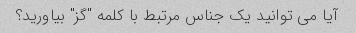
آیا می توانید یک جناس مرتبط با کلمه "گز" بیاورید؟